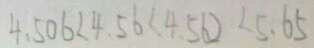
4 . 5 0 6 < 4 . 5 6 < 4 . 5 6 ) < 5 . 6 5